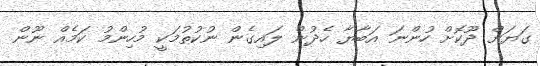
ގަޔަށް ދޫކޮށް ހުންނަ އަބާޔާ ހެދުން ލައިގެން ނުކުތުމަކީ މުހިންމު ކަމެއް ނޫން